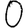
Digit: 0